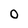
Character: O